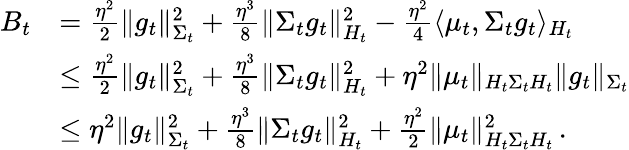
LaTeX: \begin{array}{rl}{B_{t}}&{=\frac{\eta^{2}}{2}\Vert g_{t}\Vert_{\Sigma_{t}}^{2}+\frac{\eta^{3}}{8}\Vert\Sigma_{t}g_{t}\Vert_{H_{t}}^{2}-\frac{\eta^{2}}{4}\langle\mu_{t},\Sigma_{t}g_{t}\rangle_{H_{t}}}\\ &{\leq\frac{\eta^{2}}{2}\Vert g_{t}\Vert_{\Sigma_{t}}^{2}+\frac{\eta^{3}}{8}\Vert\Sigma_{t}g_{t}\Vert_{H_{t}}^{2}+\eta^{2}\Vert\mu_{t}\Vert_{H_{t}\Sigma_{t}H_{t}}\Vert g_{t}\Vert_{\Sigma_{t}}}\\ &{\leq\eta^{2}\Vert g_{t}\Vert_{\Sigma_{t}}^{2}+\frac{\eta^{3}}{8}\Vert\Sigma_{t}g_{t}\Vert_{H_{t}}^{2}+\frac{\eta^{2}}{2}\Vert\mu_{t}\Vert_{H_{t}\Sigma_{t}H_{t}}^{2}\, .}\end{array}